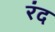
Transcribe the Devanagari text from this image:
रंद